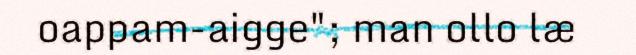
oappam-aigge"; man ollo læ